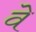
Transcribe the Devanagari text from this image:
वेे